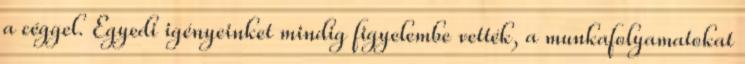
a céggel. Egyedi igényeinket mindig figyelembe vették, a munkafolyamatokat